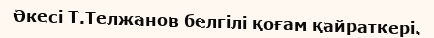
Әкесі Т.Телжанов белгілі қоғам қайраткері.